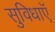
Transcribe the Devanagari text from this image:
सुविधाऍ